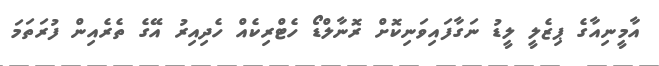
އާމީނިއާގެ ޕިޒެލީ ލީޑު ނަގާފައިވަނިކޮށް ރޮނާލްޑޯ ހެޓްރިކެއް ހެދިއިރު އޭގެ ތެރެއިން ފުރަތަމަ